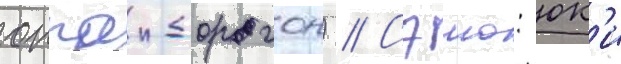
оппаи-дорагон) // Сэию: юк'и